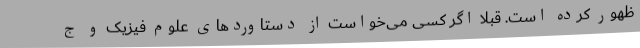
ظهور کرده است. قبلا اگر کسی می‌خواست از دستاوردهای علوم فیزیک و ج